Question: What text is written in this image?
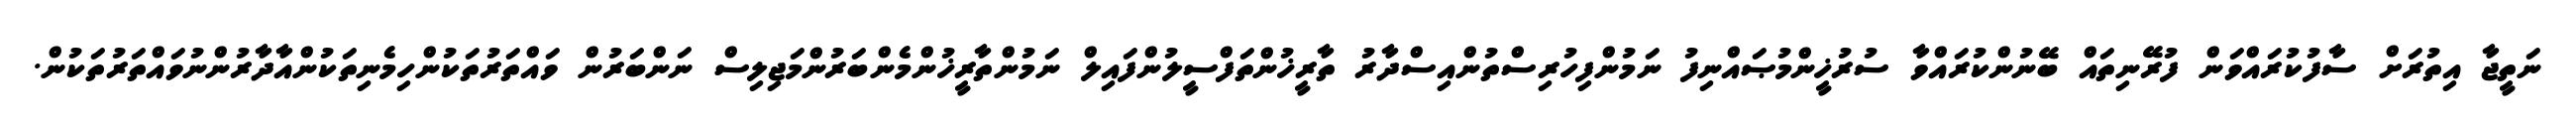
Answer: ނަތީޖާ އިތުރަށް ސާފުކުރައްވަން ފުރޭނިތައް ބޭނުންކުރައްވާ ސުރުޚީންމުޞައްނިފު ނަމުންފިހުރިސްތުންއިސްދާރު ތާރީޚުންތަފްސީލުންފައިލް ނަމުންތާރީޚުންމެންބަރުންމަޖިލިސް ނަންބަރުން ވައްތަރުތަކުންހިމެނިތަކުންއާދާރުންނުވައްތަރުތަކުން.